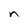
Character: n